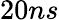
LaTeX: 20ns